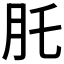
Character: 𦘴